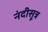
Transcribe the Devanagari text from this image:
नंदीसूत्र